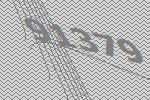
91379